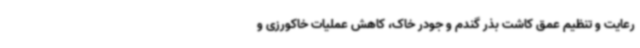
رعایت و تنظیم عمق کاشت بذر گندم و جودر خاک، کاهش عملیات خاکورزی و